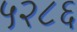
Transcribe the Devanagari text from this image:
५२८६